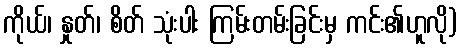
ကိုယ်၊ နှုတ်၊ စိတ် သုံးပါး ကြမ်းတမ်းခြင်းမှ ကင်း၏ဟူလို)